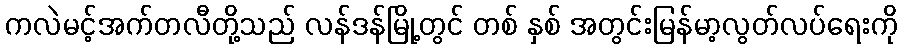
ကလဲမင့်အက်တလီတို့သည် လန်ဒန်မြို့တွင် တစ် နှစ် အတွင်းမြန်မာ့လွတ်လပ်ရေးကို